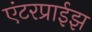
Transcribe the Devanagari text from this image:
एंटरप्राईझ